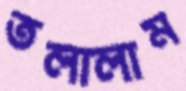
তলালাম